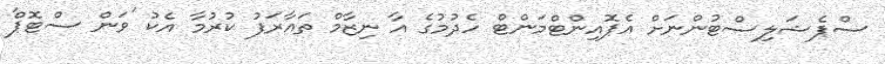
ސްޕެޝަލިސްޓުންނަށް އެޕޮއިންޓްމަންޓް ހެދުމުގެ އާ ނިޒާމް ތައާރަފު ކުރުމާ އެކު 'ވަން ސްޓޮޕް'